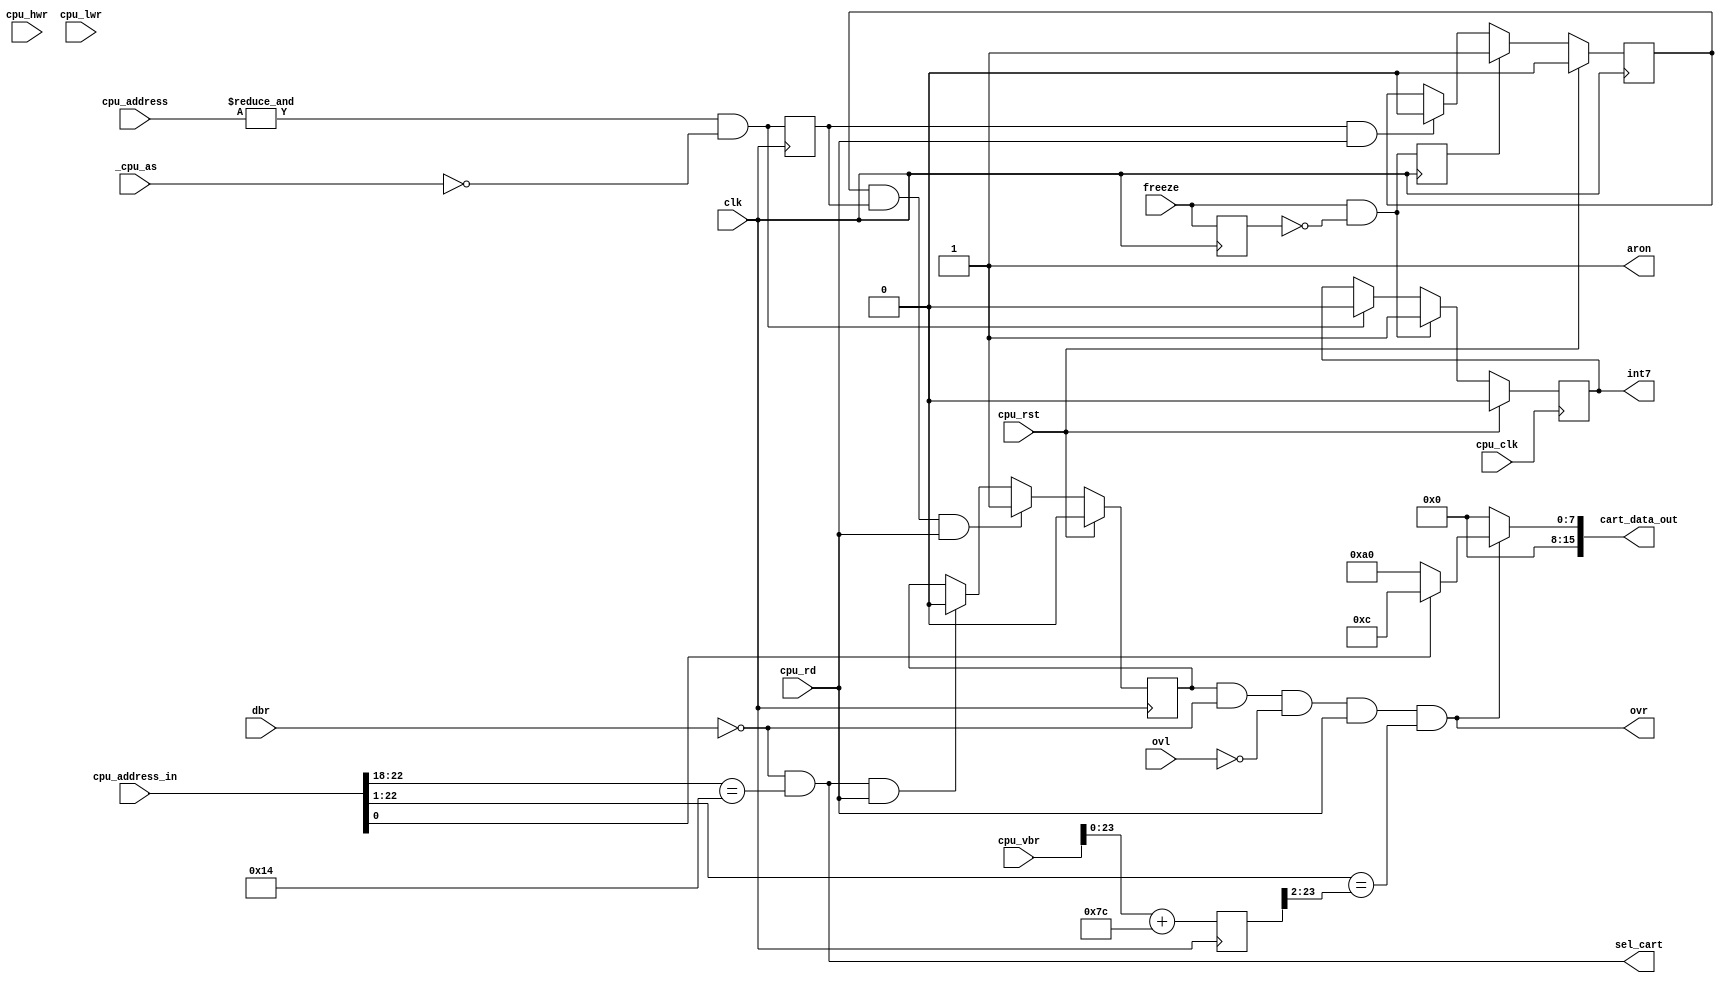
module Cart
(
  input  wire          clk,
  input  wire          cpu_clk,
  input  wire          cpu_rst,
  input  wire [24-1:1] cpu_address,
  input  wire [24-1:1] cpu_address_in,
  input  wire          _cpu_as,
  input  wire          cpu_rd,
  input  wire          cpu_hwr,
  input  wire          cpu_lwr,
  input  wire [32-1:0] cpu_vbr,
  input  wire          dbr,
  input  wire          ovl,
  input  wire          freeze,
  output wire [16-1:0] cart_data_out,
  output reg           int7 = 1'b0,
  output wire          sel_cart,
  output wire          ovr,
  output wire          aron
);
reg  [32-1:0] nmi_vec_adr;
reg           freeze_d = 1'b0;
wire          freeze_req;
wire          int7_req;
wire          int7_ack;
reg           l_int7_req = 1'b0;
reg           l_int7_ack = 1'b0;
reg           l_int7 = 1'b0;
reg           active = 1'b0;
assign aron = 1'b1;
assign sel_cart = ~dbr && (cpu_address_in[23:19]==5'b1010_0);
always @ (posedge clk) begin
  nmi_vec_adr <= #1 cpu_vbr + 32'h0000007c;
end
assign ovr = active && ~dbr && ~ovl && cpu_rd && (cpu_address_in[23:2] == nmi_vec_adr[23:2]);
assign cart_data_out = ovr ? (!cpu_address_in[1] ? 16'h00a0 : 16'h000c) : 16'h0000;
always @ (posedge clk) begin
  freeze_d <= freeze;
end
assign freeze_req = freeze && ~freeze_d;
assign int7_req =  freeze_req;
assign int7_ack = &cpu_address && ~_cpu_as;
always @ (posedge cpu_clk) begin
  if (cpu_rst)
    int7 <= 1'b0;
  else if (int7_req)
    int7 <= 1'b1;
  else if (int7_ack)
    int7 <= 1'b0;
end
always @ (posedge clk) begin
  l_int7_req <= int7_req;
  l_int7_ack <= int7_ack;
end
always @ (posedge clk) begin
  if (cpu_rst)
    l_int7 <= 1'b0;
  else if (l_int7_req)
    l_int7 <= 1'b1;
  else if (l_int7_ack && cpu_rd)
    l_int7 <= 1'b0;
end
always @ (posedge clk) begin
  if (cpu_rst)
    active <= #1 1'b0;
  else if ( l_int7 && l_int7_ack && cpu_rd)
    active <= #1 1'b1;
  else if (sel_cart && cpu_rd)
    active <= #1 1'b0;
end
endmodule